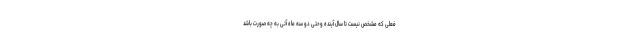
فعلی که مشخص نیست تا سال آینده وحتی دو سه ماه آتی به چه صورت باشد